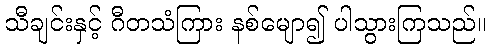
သီချင်းနှင့် ဂီတသံကြား နစ်မျော၍ ပါသွားကြသည်။